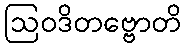
ဩဝဒိတဗ္ဗောတိ